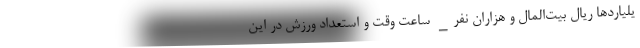
یلیاردها ریال بیت‌المال و هزاران نفر_ ساعت وقت و استعداد ورزش در این